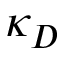
\kappa _ { D }